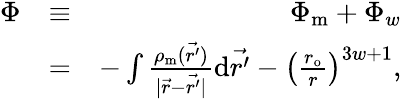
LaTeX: \begin{array}{rlr}{\Phi}&{\equiv}&{\Phi_{\mathrm{m}}+\Phi_{w}}\\ &{=}&{-\int\frac{\rho_{\mathrm{m}}(\vec{r^{\prime}})}{\mid\vec{r}-\vec{r^{\prime}}\mid}\mathrm{d}\vec{r^{\prime}}-\left(\frac{r_{\mathrm{{o}}}}{r}\right)^{3w+1},}\end{array}